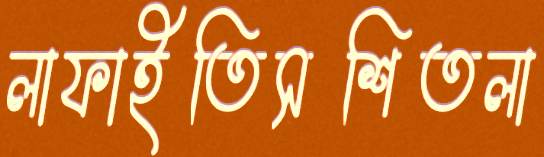
লাফাইতিসশিতলা